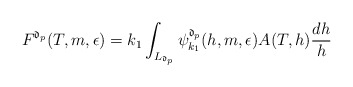
\begin{align*}F^{\mathfrak{d}_{p}}(T,m,\epsilon) = k_{1}\int_{L_{\mathfrak{d}_{p}}}\psi_{k_1}^{\mathfrak{d}_{p}}(h,m,\epsilon) A(T,h) \frac{dh}{h} \end{align*}